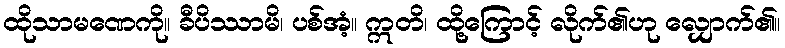
ထိုသာမဏေကို။ ခီပိဿာမိ၊ ပစ်အံ့။ ဣတိ၊ ထို့ကြောင့် လိုက်၏ဟု လျှောက်၏။